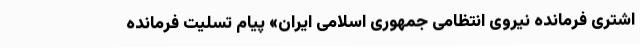
اشتری فرمانده نیروی انتظامی جمهوری اسلامی ایران» پیام تسلیت فرمانده